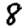
Digit: 8